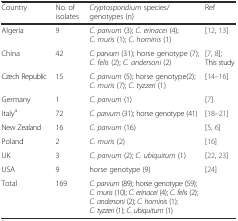
<table><thead><tr><td><b>Country</b></td><td><b>No. of isolates</b></td><td><b><i>Cryptosporidium</i> species/genotypes (n)</b></td><td><b>Ref</b></td></tr></thead><tbody><tr><td>Algeria</td><td>9</td><td><i>C. parvum</i> (3); <i>C. erinacei</i> (4); <i>C. muris</i> (1); <i>C. hominis</i> (1)</td><td>[12, 13]</td></tr><tr><td>China</td><td>42</td><td><i>C. parvum</i> (31); horse genotype (7); <i>C. felis</i> (2); <i>C. andersoni</i> (2)</td><td>[7, 8]; This study</td></tr><tr><td>Czech Republic</td><td>15</td><td><i>C. parvum</i> (5); horse genotype(2); <i>C. muris</i> (7); <i>C. tyzzeri</i> (1)</td><td>[14–16]</td></tr><tr><td>Germany</td><td>1</td><td><i>C. parvum</i> (1)</td><td>[7]</td></tr><tr><td>Italy<sup>a</sup></td><td>72</td><td><i>C. parvum</i> (31); horse genotype (41)</td><td>[18–21]</td></tr><tr><td>New Zealand</td><td>16</td><td><i>C. parvum</i> (16)</td><td>[5, 6]</td></tr><tr><td>Poland</td><td>2</td><td><i>C. muris</i> (2)</td><td>[16]</td></tr><tr><td>UK</td><td>3</td><td><i>C. parvum</i> (2); <i>C. ubiquitum</i> (1)</td><td>[22, 23]</td></tr><tr><td>USA</td><td>9</td><td>horse genotype (9)</td><td>[24]</td></tr><tr><td>Total</td><td>169</td><td><i>C. parvum</i> (89); horse genotype (59); <i>C. muris</i> (10); <i>C. erinacei</i> (4); <i>C. felis</i> (2); <i>C. andersoni</i> (2); <i>C. hominis</i> (1); <i>C. tyzzeri</i> (1); <i>C. ubiquitum</i> (1)</td><td></td></tr></tbody></table>